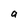
Character: a